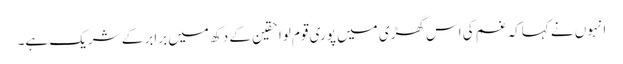
انہوں نے کہاکہ غم کی اس گھڑی میں پوری قوم لواحقین کے دکھ میں برابر کے شریک ہے۔